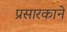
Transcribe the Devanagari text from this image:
प्रसारकाने